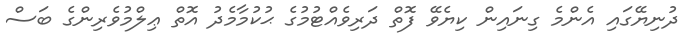
ދުނިޔޭގައި އެންމެ ގިނައިން ކިޔެވޭ ފޮތް ދަރިވެއްޓުމުގެ ޙުކުމާމެދު އޮތް ޢިލްމުވެރިންގެ ބަސް